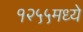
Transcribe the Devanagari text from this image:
१२५५मध्ये